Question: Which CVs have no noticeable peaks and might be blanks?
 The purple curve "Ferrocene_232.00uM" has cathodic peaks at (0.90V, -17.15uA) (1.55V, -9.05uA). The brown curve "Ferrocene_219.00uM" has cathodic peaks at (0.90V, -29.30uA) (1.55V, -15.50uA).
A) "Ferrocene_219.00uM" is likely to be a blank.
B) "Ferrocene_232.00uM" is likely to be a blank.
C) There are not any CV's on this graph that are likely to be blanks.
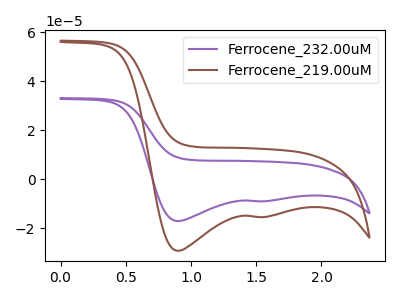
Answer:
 <answer>C) There are not any CV's on this graph that are likely to be blanks.</answer>
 <eval>C</eval>